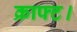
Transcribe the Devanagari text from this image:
क्राफ्ट।